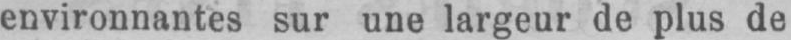
environnantes sur une largeur de plus de